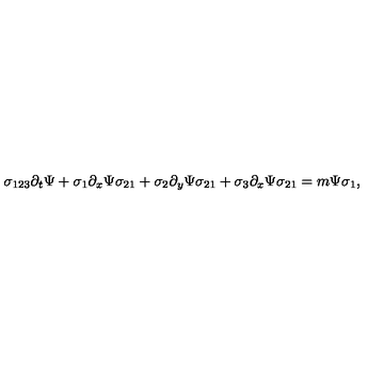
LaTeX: \sigma _ { 1 2 3 } \partial _ { t } \Psi + \sigma _ { 1 } \partial _ { x } \Psi \sigma _ { 2 1 } + \sigma _ { 2 } \partial _ { y } \Psi \sigma _ { 2 1 } + \sigma _ { 3 } \partial _ { x } \Psi \sigma _ { 2 1 } = m \Psi \sigma _ { 1 } ,